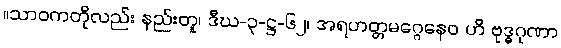
။သာဝကတိုလည်း နည်းတူ၊ ဒီဃ-၃-ဋ္ဌ-၆၂၊ အရဟတ္တမဂ္ဂေနေဝ ဟိ ဗုဒ္ဓဂုဏာ